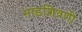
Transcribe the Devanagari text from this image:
भाडशिवणी